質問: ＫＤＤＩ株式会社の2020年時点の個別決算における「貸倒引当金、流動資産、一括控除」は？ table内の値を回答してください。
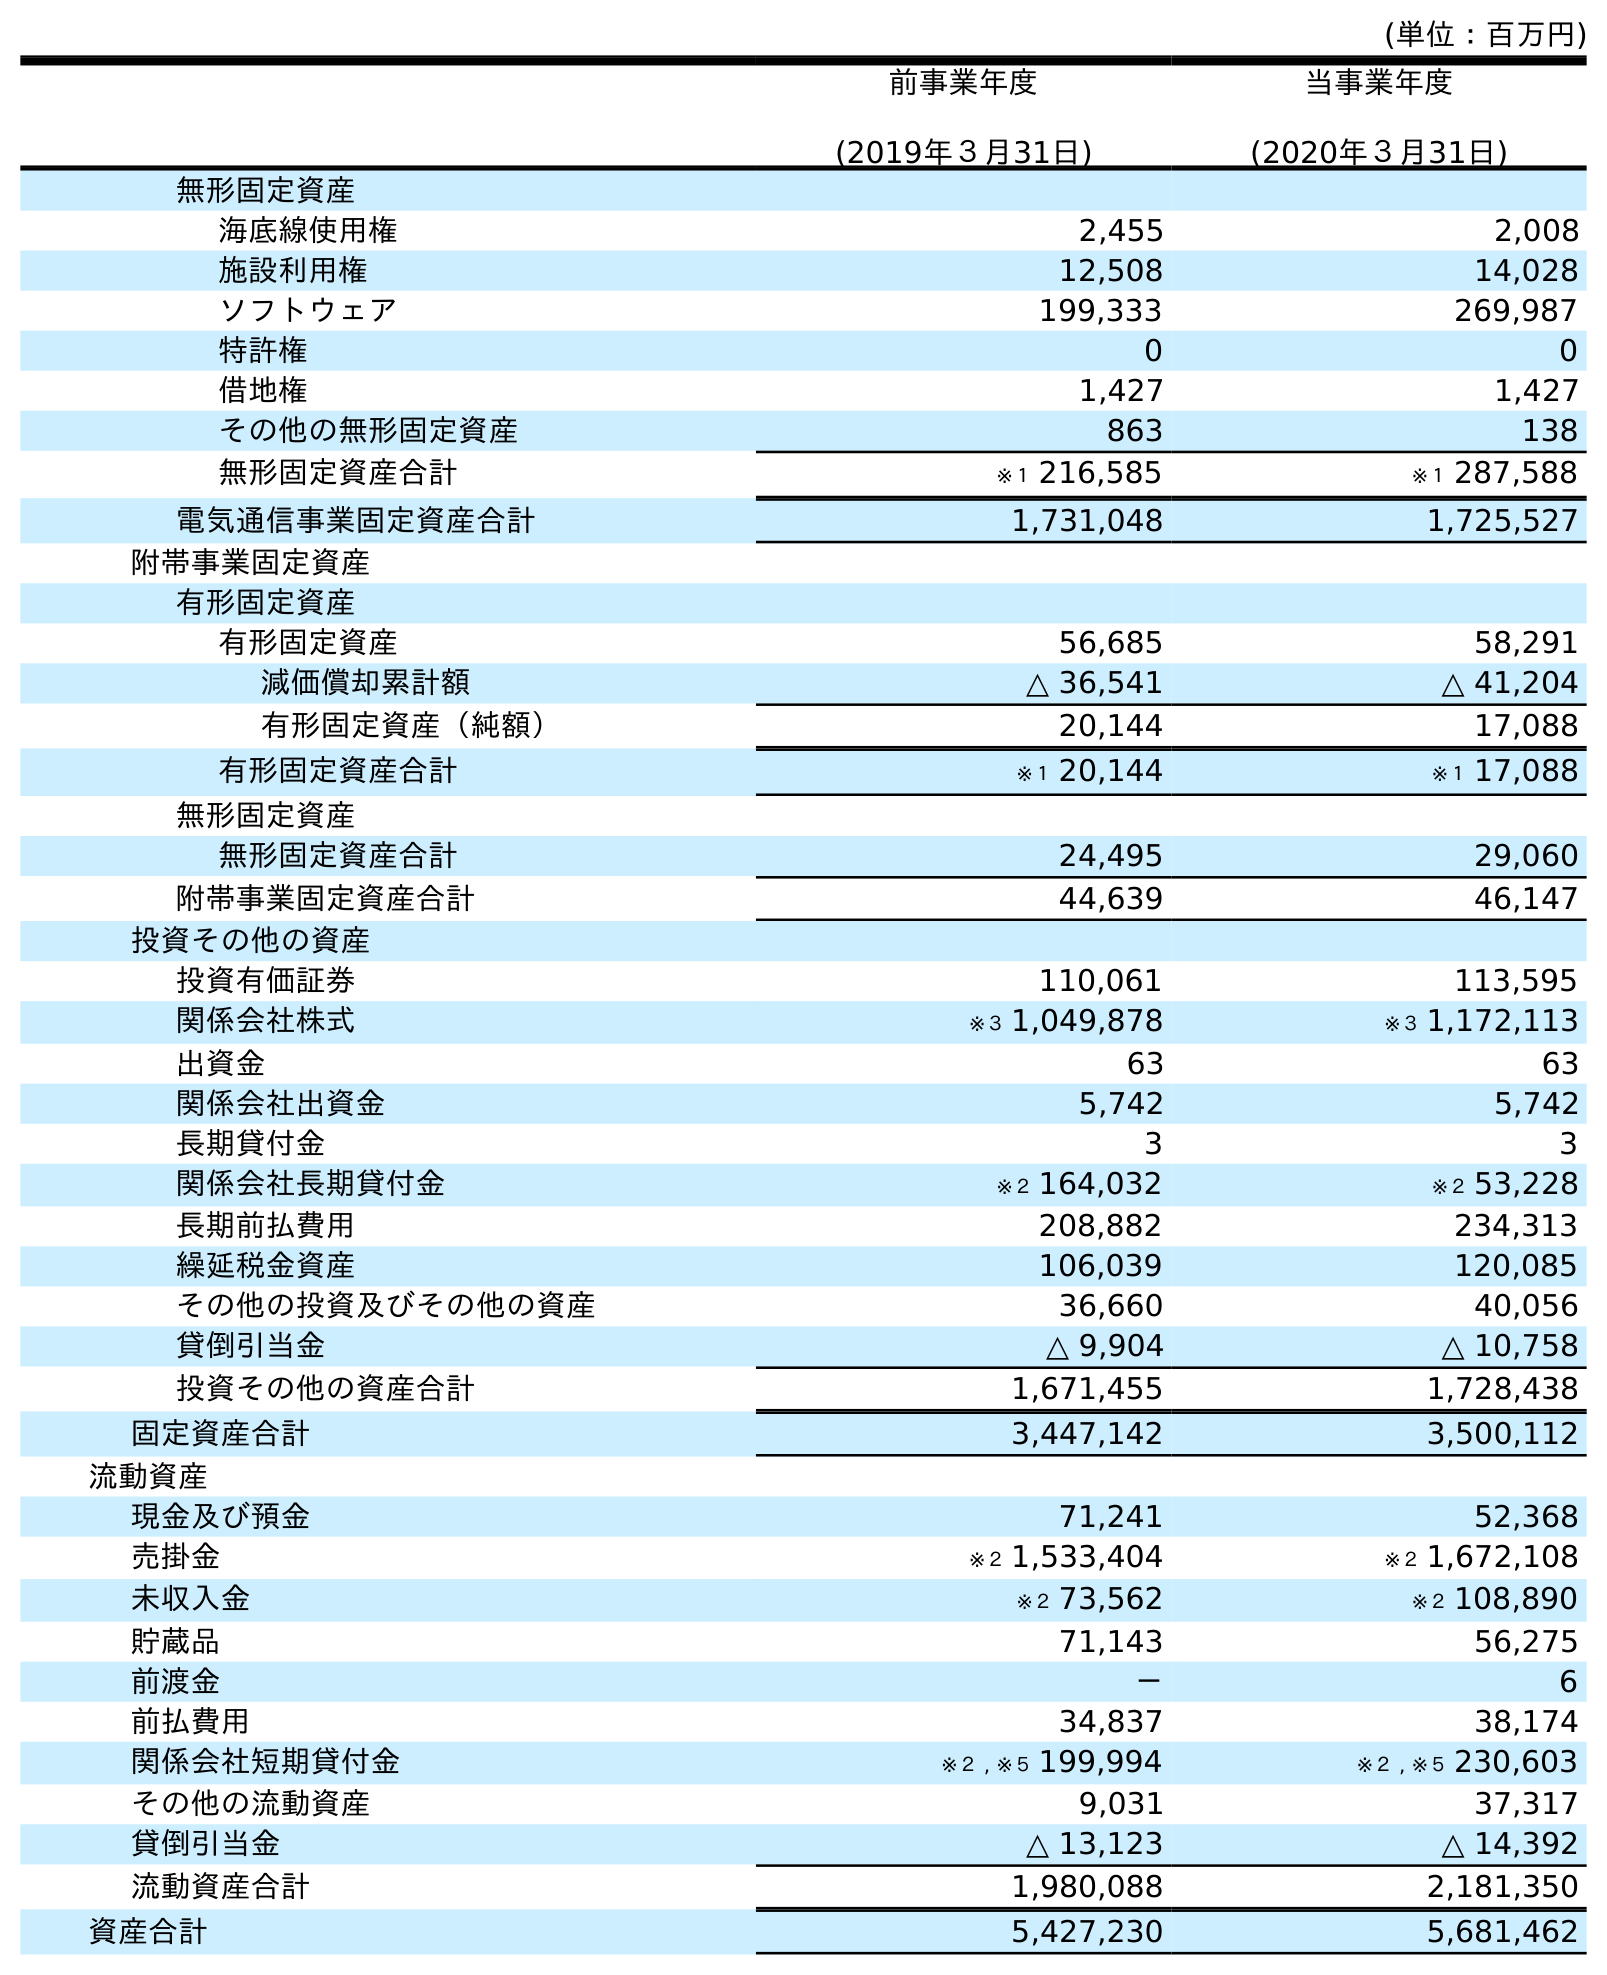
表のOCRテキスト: (単位：百万円) 前事業年度 (2019年３月31日) 当事業年度 (2020年３月31日) 無形固定資産 海底線使用権 2,455 2,008 施設利用権 12,508 14,028 ソフトウェア 199,333 269,987 特許権 0 0 借地権 1,427 1,427 その他の無形固定資産 863 138 無形固定資産合計 ※１ 216,585 ※１ 287,588 電気通信事業固定資産合計 1,731,048 1,725,527 附帯事業固定資産 有形固定資産 有形固定資産 56,685 58,291 減価償却累計額 △ 36,541 △ 41,204 有形固定資産（純額） 20,144 17,088 有形固定資産合計 ※１ 20,144 ※１ 17,088 無形固定資産 無形固定資産合計 24,495 29,060 附帯事業固定資産合計 44,639 46,147 投資その他の資産 投資有価証券 110,061 113,595 関係会社株式 ※３ 1,049,878 ※３ 1,172,113 出資金 63 63 関係会社出資金 5,742 5,742 長期貸付金 3 3 関係会社長期貸付金 ※２ 164,032 ※２ 53,228 長期前払費用 208,882 234,313 繰延税金資産 106,039 120,085 その他の投資及びその他の資産 36,660 40,056 貸倒引当金 △ 9,904 △ 10,758 投資その他の資産合計 1,671,455 1,728,438 固定資産合計 3,447,142 3,500,112 流動資産 現金及び預金 71,241 52,368 売掛金 ※２ 1,533,404 ※２ 1,672,108 未収入金 ※２ 73,562 ※２ 108,890 貯蔵品 71,143 56,275 前渡金 － 6 前払費用 34,837 38,174 関係会社短期貸付金 ※２ , ※５ 199,994 ※２ , ※５ 230,603 その他の流動資産 9,031 37,317 貸倒引当金 △ 13,123 △ 14,392 流動資産合計 1,980,088 2,181,350 資産合計 5,427,230 5,681,462
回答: △14,392